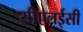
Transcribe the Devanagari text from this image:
सीएलईसी